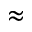
\approx